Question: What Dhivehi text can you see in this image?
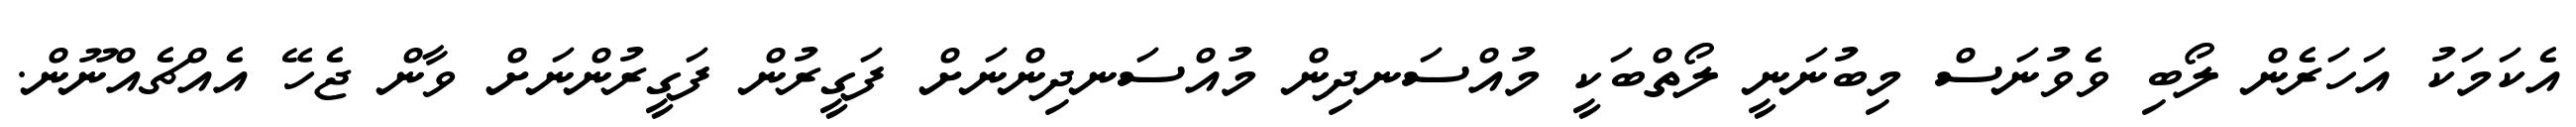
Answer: އެކަމަކު އަހަރެން ލޯބި ވެވުނަސް މިބުނަނީ ލޯތްބަކީ މުއްސަނދިން މުއްސަނދިންނަށް ފަގީރުން ފަގީރުންނަށް ވާން ޖެހޭ އެއްޗެއްނޫން.